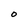
Character: O